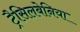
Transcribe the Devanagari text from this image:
ट्रैसिलबेनिया